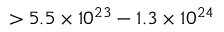
> 5 . 5 \times 1 0 ^ { 2 3 } - 1 . 3 \times 1 0 ^ { 2 4 }